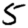
Digit: 5